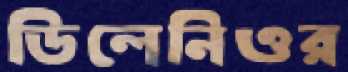
ডিলেনিওর